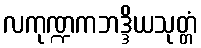
လကုဏ္ဍကဘဒ္ဒိယသုတ္တံ